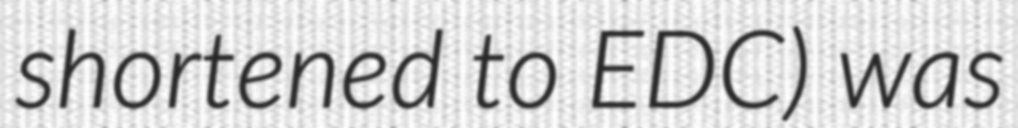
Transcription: shortened to EDC) was